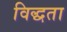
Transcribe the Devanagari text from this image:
विद्धता